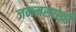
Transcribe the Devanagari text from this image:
जनमसाखी